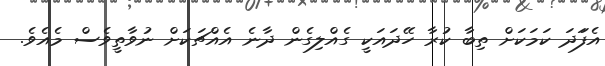
އެފަަދަ ކަމަކަށް ތިބާ ކުރާ ހޭދައަކީ ގެއްލިގެން ދާނެ އެއްޗަކަށް ނުވާތީވެސް މެއެވެ.